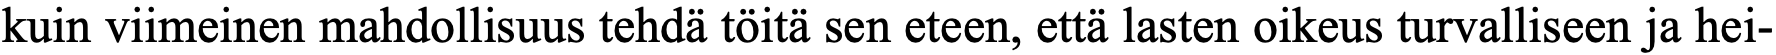
kuin viimeinen mahdollisuus tehdä töitä sen eteen, että lasten oikeus turvalliseen ja hei-